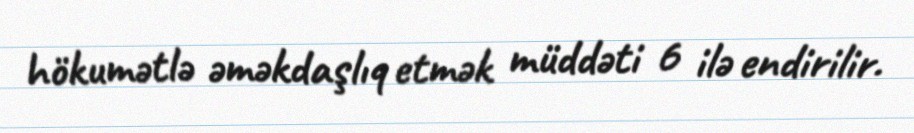
hökumətlə əməkdaşlıq etmək müddəti 6 ilə endirilir.